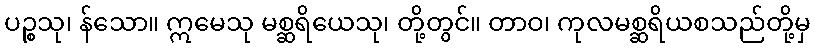
ပဉ္စသု၊ န်သော။ ဣမေသု မစ္ဆရိယေသု၊ တို့တွင်။ တာဝ၊ ကုလမစ္ဆရိယစသည်တို့မှ